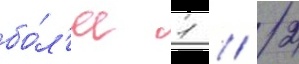
бо́л'ее 1 / 2